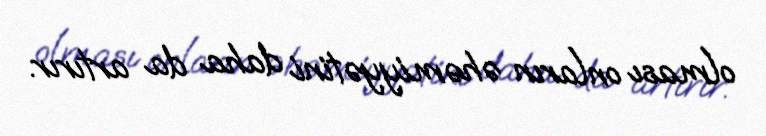
olması onların əhəmiyyətini daha da artırır.